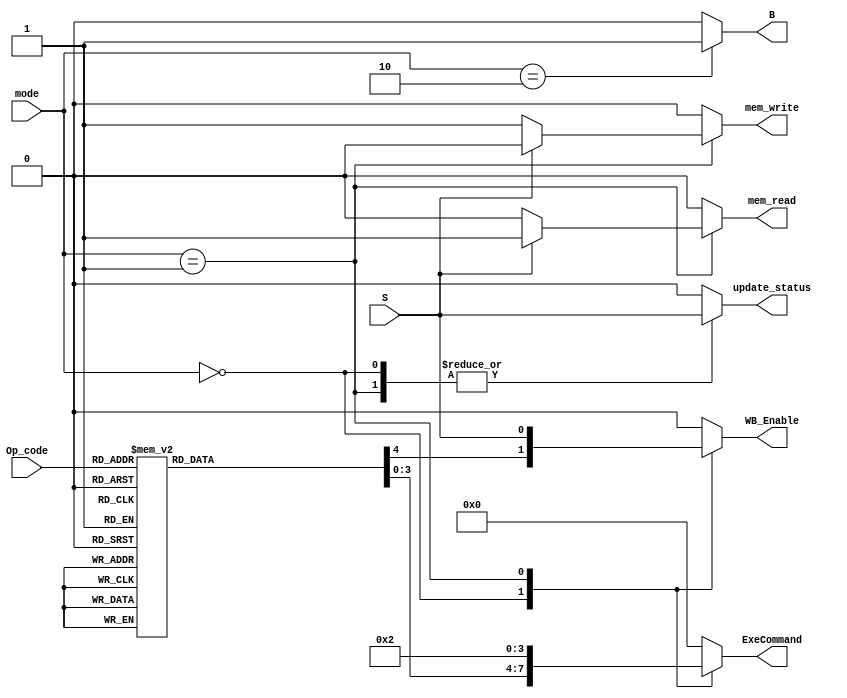
module ControlUnit (
    input [1:0] mode,
    input [3:0] Op_code,
    input S,
    output reg [3:0] ExeCommand,
    output reg mem_read, mem_write, WB_Enable, B, update_status 
);
    parameter [3:0] MOV=4'b1101, MVN=4'b1111, ADD=4'b0100, ADC=4'b0101, SUB=4'b0010, SBC=4'b0110, AND=4'b0000,
                    ORR=4'b1100, EOR=4'b0001, CMP=4'b1010, TST=4'b1000, LDR=4'b0100, STR=4'b0100;
    always @(*) begin
        {ExeCommand, mem_read, mem_write, WB_Enable, B, update_status} = 9'b0;


        case (mode)
            2'b00:begin
                update_status = S;

                case (Op_code)
                    MOV:begin
                        ExeCommand = 4'b0001;
                        WB_Enable = 1'b1;
                    end
                    MVN:begin
                        ExeCommand = 4'b1001;
                        WB_Enable = 1'b1;
                    end
                    ADD:begin
                        ExeCommand = 4'b0010;
                        WB_Enable = 1'b1;
                    end
                    ADC:begin 
                        ExeCommand = 4'b0011;
                        WB_Enable = 1'b1;
                    end
                    SUB:begin
                        ExeCommand = 4'b0100;
                        WB_Enable = 1'b1;
                    end
                    SBC:begin 
                        ExeCommand = 4'b0101;
                        WB_Enable = 1'b1;
                    end
                    AND:begin 
                        ExeCommand = 4'b0110;
                        WB_Enable = 1'b1;
                    end
                    ORR:begin
                        ExeCommand = 4'b0111;
                        WB_Enable = 1'b1;
                    end
                    EOR:begin
                        ExeCommand = 4'b1000;
                        WB_Enable = 1'b1;
                    end
                    CMP:begin
                        ExeCommand = 4'b0100;
                    end 
                    TST:begin
                        ExeCommand = 4'b0110;
                    end 
                    default: ExeCommand = 4'b0000;
                endcase

            end
            2'b01:begin
                update_status = S;
                ExeCommand = 4'b0010;
                WB_Enable = S;
                mem_read = (S==1'b1) ? 1'b1 : 1'b0;
                mem_write = (S==1'b1) ? 1'b0 : 1'b1;
            end
            2'b10:begin
                B = 1'b1;
            end 
            default: update_status = 1'b0;
        endcase
    end
    
    
endmodule